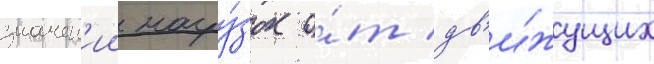
значен'ии нагру́зок о́т дв'и́жущих